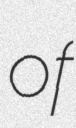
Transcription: of